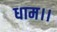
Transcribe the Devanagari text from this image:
धाम।।